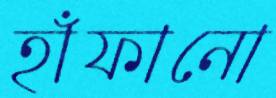
হাঁফানো